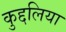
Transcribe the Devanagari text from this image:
कुद्दलिया